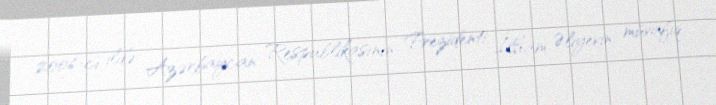
2006-cı ildə Azərbaycan Respublikasının Prezidenti İlham Əliyevin müvafiq